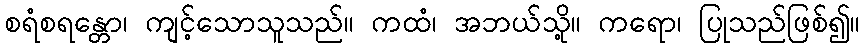
စရံစရန္တော၊ ကျင့်သောသူသည်။ ကထံ၊ အဘယ်သို့။ ကရော၊ ပြုသည်ဖြစ်၍။